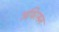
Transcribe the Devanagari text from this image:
अथिरसम